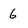
Character: 6